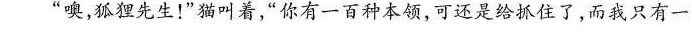
”噢，狐狸先生！”猫叫着，”你有一百种本领，可还是给抓住了，而我只有一